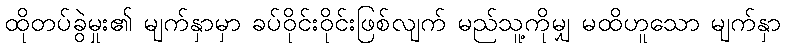
ထိုတပ်ခွဲမှုး၏ မျက်နှာမှာ ခပ်ဝိုင်းဝိုင်းဖြစ်လျက် မည်သူ့ကိုမျှ မထိဟူသော မျက်နှာ